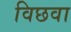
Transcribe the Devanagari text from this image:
विछवा